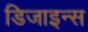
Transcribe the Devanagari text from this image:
डिजाइन्स